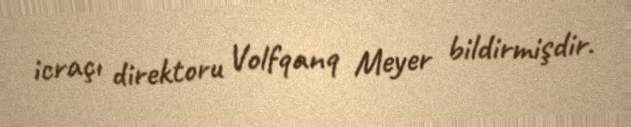
icraçı direktoru Volfqanq Meyer bildirmişdir.